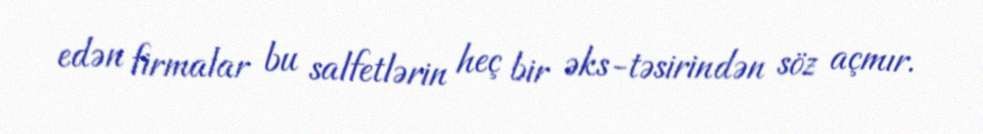
edən firmalar bu salfetlərin heç bir əks-təsirindən söz açmır.